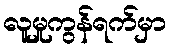
လူမှုကွန်ရက်မှာ